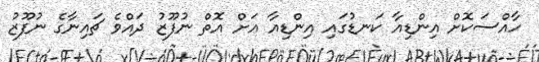
ހާއްސަކޮށް އިންޑިއާ ކަނޑުގައި އިންޑިއާ އަށް އޮތް ނުފޫޒު ދައްވެ ޗައިނާގެ ނުފޫޒު